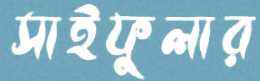
সাইফুলার